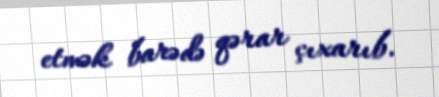
etmək barədə qərar çıxarıb.